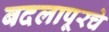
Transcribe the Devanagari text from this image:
बदलापूरचे